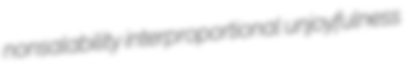
nonsalability interproportional unjoyfulness